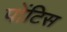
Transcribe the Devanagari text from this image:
पोंटिस